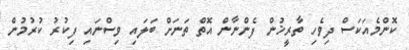
ކޮންމެއަކަސް ދިވެހި ތާރީޚުން ފެންނާން އޮތް ތަނަށް ބަލައި ވިސްނައި ފިކުރު ކުރުމުން